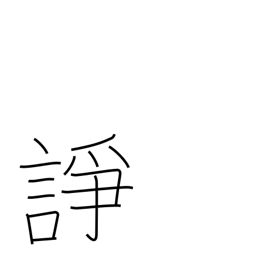
Meaning: quarrel